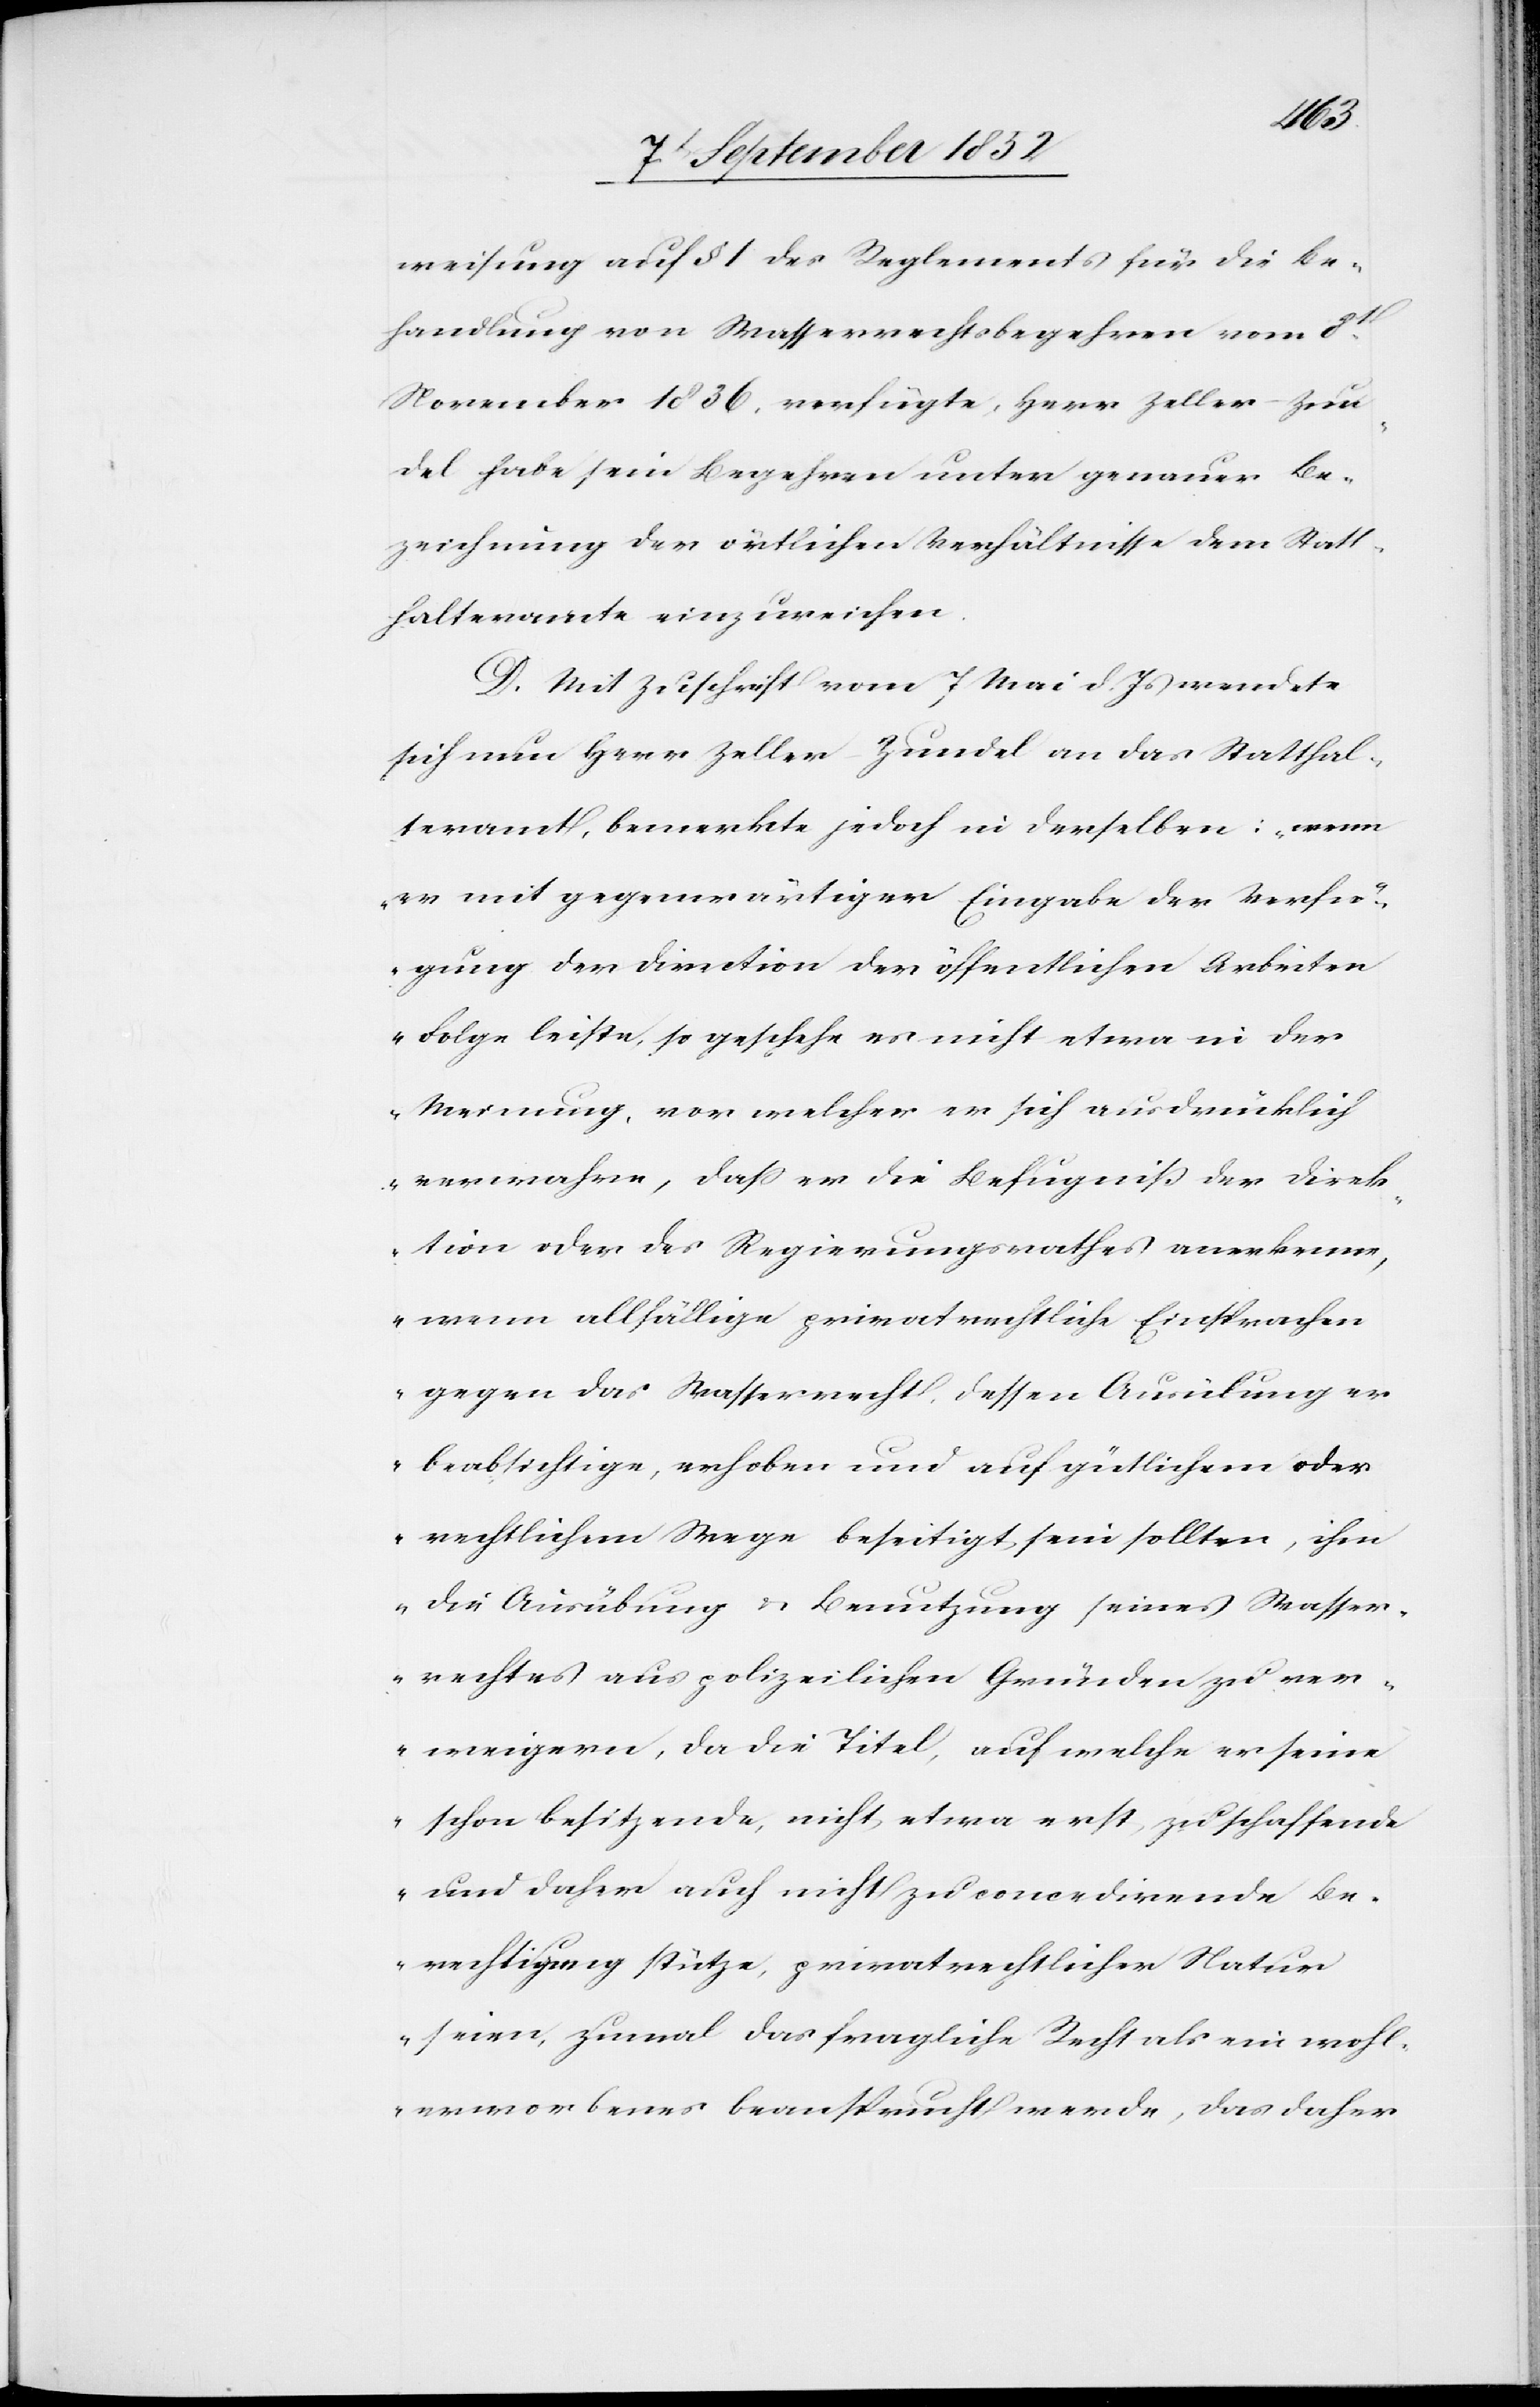
weisung auf § 1 des Reglements für die Be¬
handlung von Wasserrechtsbegehren vom 8t.
November 1836, verfügte, Herr Zeller-Zun¬
del habe sein Begehren unter genauer Be¬
zeichnung der örtlichen Verhältnisse dem Statt¬
halteramte einzureichen.
D. Mit Zuschrift vom 7 Mai d. Js wendete
sich nun Herr Zeller-Zundel an das Statthal¬
teramt, bemerkte jedoch in derselben: „wenn
er mit gegenwärtiger Eingabe der Verfü¬
gung der Direction der öffentlichen Arbeiten
Folge leiste, so geschehe es nicht etwa in der
Meinung, vor welcher er sich ausdrücklich
verwahre, dass er die Befugniß der Direk¬
tion oder des Regierungsrathes anerkenne,
wenn allfällige privatrechtliche Einsprachen
gegen das Wasserrecht, dessen Ausübung er
beabsichtige, erhoben und auf gütlichem oder
rechtlichem Wege beseitigt sein sollten, ihm
die Ausübung & Benutzung seines Wasser¬
rechtes aus polizeilichen Gründen zu ver¬
weigern, da die Titel, auf welche er seine
schon besitzende, nicht etwa erst, zu schaffende
und daher auch nicht zu concedirende Be¬
rechtigung stütze, privatrechtlicher Natur
seien, zumal das fragliche Recht als ein wohl¬
erworbenes beansprucht werde, das daher